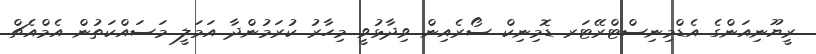
ރީޔޫނިއަންގެ އެޑްމިނިސްޓްރޭޓަރ ޑޮމިނިކް ސޯރެއިން ވިދާޅުވީ މިހާރު ކުރަމުންދާ އަމަލީ މަސައްކަތުން އެމްއެޗް